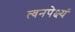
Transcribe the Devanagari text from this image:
त्वनपेक्ष्यं